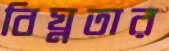
বিঘ্নতার